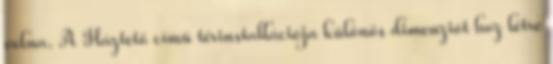
volna. A Háztető című térinstallációja különös dimenziót hoz létre